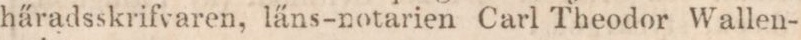
häradsskrifvaren, läns-notarien Carl Theodor Wallen-